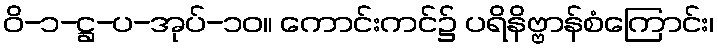
ဝိ-၁-ဋ္ဌ-ပ-အုပ်-၁၀။ ကောင်းကင်၌ ပရိနိဗ္ဗာန်စံကြောင်း၊